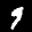
Label: 9